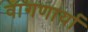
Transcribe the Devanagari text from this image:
वागणार्या